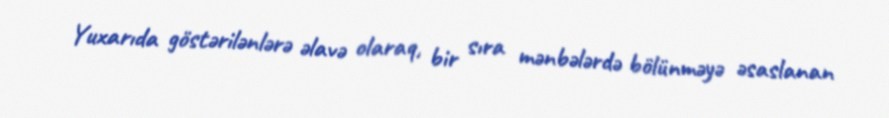
Yuxarıda göstərilənlərə əlavə olaraq, bir sıra mənbələrdə bölünməyə əsaslanan